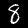
Label: 8